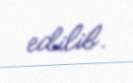
edilib.